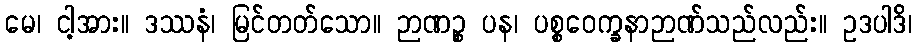
မေ၊ ငါ့အား။ ဒဿနံ၊ မြင်တတ်သော။ ဉာဏဉ္စ ပန၊ ပစ္စဝေက္ခနာဉာဏ်သည်လည်း။ ဥဒပါဒိ၊